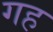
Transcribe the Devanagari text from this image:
गह